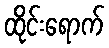
ထိုင်းရောက်